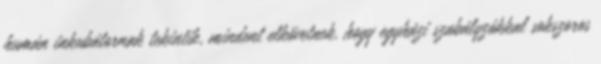
humán inkubátornak tekintik, mindent elkövetnek, hogy egyházi szabályzókkal sokszoros